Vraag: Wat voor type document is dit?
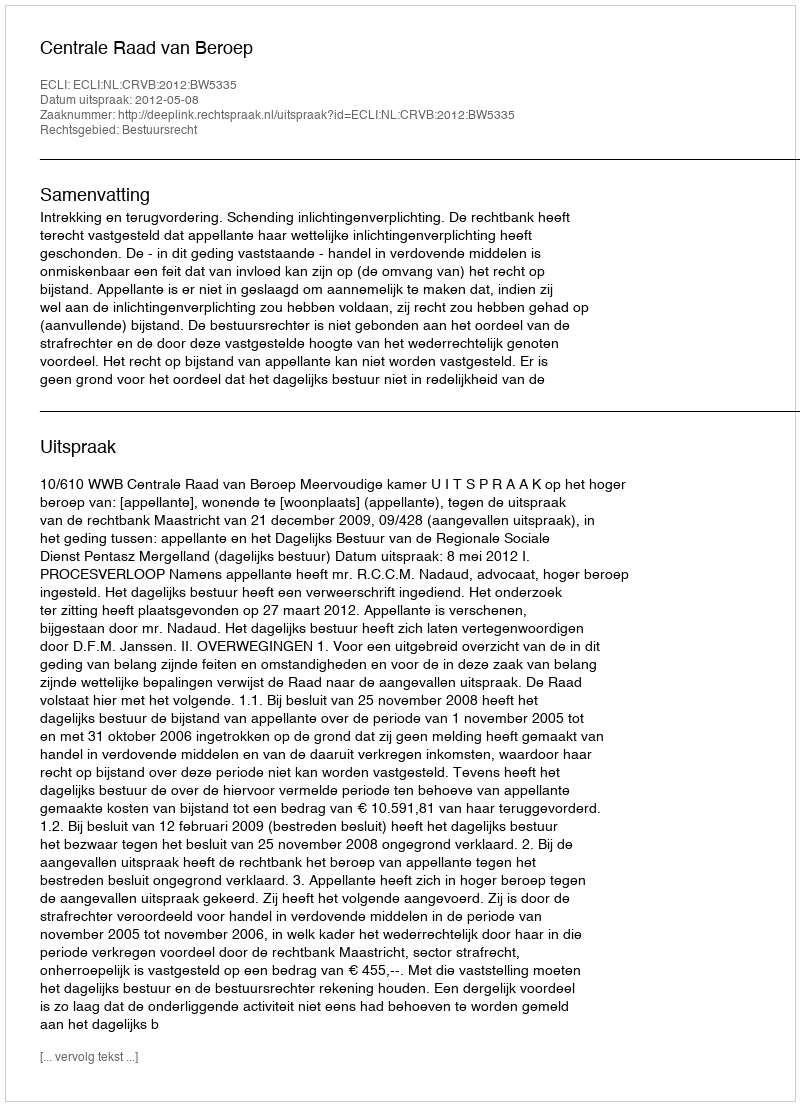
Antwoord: Uitspraak